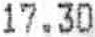
17.30